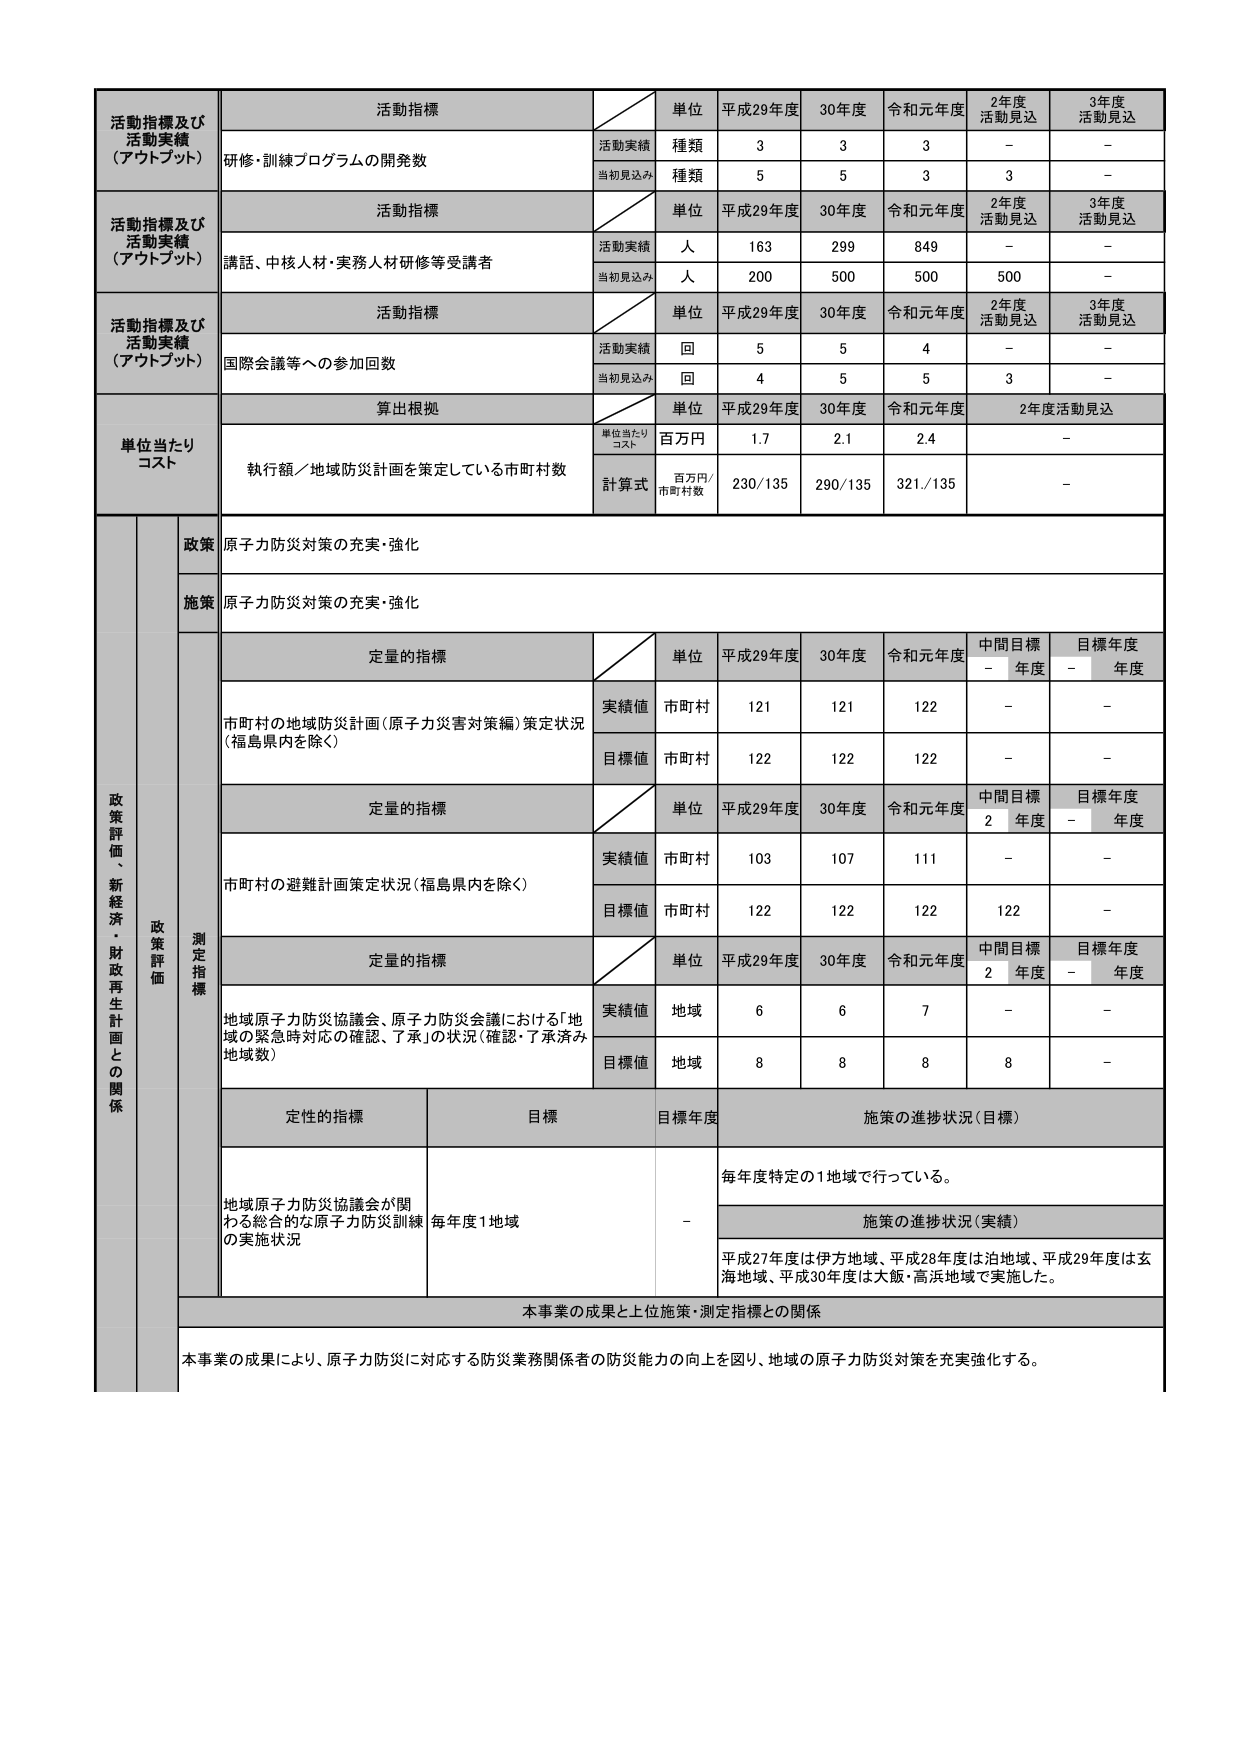
活動指標及び
活動実績
（アウトプット）
活動指標
単位
平成29年度
30年度
令和元年度
2年度
活動見込
3年度
活動見込
研修・訓練プログラムの開発数
活動実績
種類
3
3
3
-
-
当初見込み
種類
5
5
3
3
-
活動指標及び
活動実績
（アウトプット）
活動指標
単位
平成29年度
30年度
令和元年度
2年度
活動見込
3年度
活動見込
講話、中核人材・実務人材研修等受講者
活動実績
人
163
299
849
-
-
当初見込み
人
200
500
500
500
-
活動指標及び
活動実績
（アウトプット）
活動指標
単位
平成29年度
30年度
令和元年度
2年度
活動見込
3年度
活動見込
国際会議等への参加回数
活動実績
回
5
5
4
-
-
当初見込み
回
4
5
5
3
-
単位当たり
コスト
算出根拠
単位
平成29年度
30年度
令和元年度
2年度活動見込
執行額／地域防災計画を策定している市町村数
単位当たり
コスト
百万円
1.7
2.1
2.4
-
計算式
百万円/
市町村数
230/135
290/135
321/135
-
政策
原子力防災対策の充実・強化
施策
原子力防災対策の充実・強化
政策評価、新経済・財政再生計画との関係
政策評価
測定指標
定量的指標
単位
平成29年度
30年度
令和元年度
中間目標
年度
目標年度
年度
市町村の地域防災計画（原子力災害対策編）策定状況
（福島県内を除く）
実績値
市町村
121
121
122
-
-
目標値
市町村
122
122
122
-
-
定量的指標
単位
平成29年度
30年度
令和元年度
中間目標
2 年度
目標年度
-
年度
市町村の避難計画策定状況（福島県内を除く）
実績値
市町村
103
107
111
-
-
目標値
市町村
122
122
122
122
-
定量的指標
単位
平成29年度
30年度
令和元年度
中間目標
2 年度
目標年度
-
年度
地域原子力防災協議会、原子力防災会議における「地域の緊急時対応の確認、了承」の状況（確認・了承済み地域数）
実績値
地域
6
6
7
-
-
目標値
地域
8
8
8
8
-
定性的指標
目標
目標年度
施策の進捗状況（目標）
地域原子力防災協議会が関わる総合的な原子力防災訓練の実施状況
毎年度1地域
-
毎年度特定の1地域で行っている。
施策の進捗状況（実績）
平成27年度は伊方地域、平成28年度は泊地域、平成29年度は玄海地域、平成30年度は大飯・高浜地域で実施した。
本事業の成果と上位施策・測定指標との関係
本事業の成果により、原子力防災に対応する防災業務関係者の防災能力の向上を図り、地域の原子力防災対策を充実強化する。